Annual statistical returns and brief notes on vaccination in Bengal - 1909-1929
Year: 1909
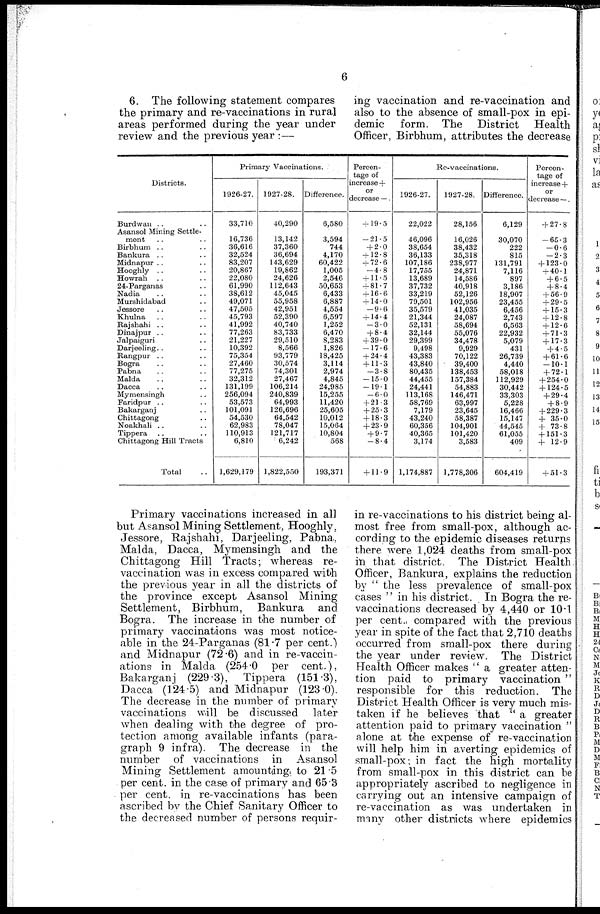
6
6. The following statement compares
the primary and re-vaccinations in rural
areas performed during the year under
review and the previous year :—
Districts.
Burdwan .. ..
Asansol Mining Settle-
ment .. ..
Birbhum .. ..
Bankura .. ..
Midnapur .. ..
Hooghly .. ..
Howrah .. ..
24-Parganas ..
Nadia .. ..
Murshidabad .. ..
Jessore .. ..
Khulna .. ..
Rajshahi .. ..
Dinajpur .. ..
Jalpaiguri .. ..
Darjeeling.. ..
Rangpur .. ..
Bogra .. ..
Pabna .. ..
Malda .. ..
Dacca .. ..
Mymensingh ..
Faridpur .. ..
Bakarganj .. ..
Chittagong .. ..
Noakhali .. ..
Tippera .. ..
Chittagong Hill Tracts
Total ..
Primary Vaccinations.
1926-27.
33,710
16,736
36,616
32,524
83,207
20,867
22,080
61,990
38,612
49,071
47,505
45,793
41,992
77,263
21,227
10,392
75,354
27,460
77,275
32,312
131,199
256,094
53,573
101,091
54,530
62,983
110,913
6,810
1,629,179
1927-28.
40,290
13,142
37,360
36,694
143,629
19,862
24,626
112,643
45,045
55,958
42,951
52,390
40,740
83,733
29,510
8,566
93,779
30,574
74,301
27,467
106,214
240,839
64,993
126,696
64,542
78,047
121,717
6,242
1,822,550
Difference.
6,580
3,594
744
4,170
60,422
1,005
2,546
50,653
6,433
6,887
4,554
6,597
1,252
6,470
8,283
1,826
18,425
3,114
2,974
4,845
24,985
15,255
11,420
25,605
10,012
15,064
10,804
568
193,371
Percen-
tage of
increase +
or
decrease —.
+ 19.5
-21.5
+ 2.0
+ 12.8
+ 72.6
-4.8
+ 11.5
+ 81.7
+ 16.6
+ 14.0
-9.6
+ 14.4
-3.0
+ 8.4
+ 39.0
-17.6
+ 24.4
+ 11.3
-3.8
-15.0
-19.1
-6.0
+ 21.3
+ 25.3
+ 18.3
+ 23.9
+ 9.7
-8.4
+ 11.9
Re-vaccinations.
1926-27.
22,022
46,096
38,654
36,133
107,186
17,755
13,689
37,732
33,219
79,501
35,579
21,344
52,131
32,144
29,399
9,498
43,383
43,840
80,435
44,455
24,441
113,168
58,769
7,179
43,240
60,356
40,365
3,174
1,174,887
1927-28.
28,156
16,026
38,432
35,318
238,977
24,871
14,586
40,918
52,126
102,956
41,035
24,087
58,694
55,076
34,478
9,929
70,122
39,400
138,453
157,384
54,883
146,471
63,997
23,645
58,387
104,901
101,420
3,583
1,778,306
Difference.
6,129
30,070
222
815
131,791
7,116
897
3,186
18,907
23,455
6,456
2,743
6,563
22,932
5,079
431
26,739
4,440
58,018
112,929
30,442
33,303
5,228
16,466
15,147
44,545
61,055
409
604,419
Percen-
tage of
increase +
or
decrease —.
+ 27.8
-65.3
-0.6
-2.3
+ 123.0
+ 40.1
+ 6.5
+ 8.4
+ 56.9
+ 29.5
+ 15.3
+ 12.8
+ 12.6
+ 71.3
+ 17.3
+ 4.5
+ 61.6
-10.1
+ 72.1
+ 254.0
+ 124.5
+ 29.4
+ 8.9
+ 229.3
+ 35.0
+ 73.8
+ 151.3
+ 12.9
+ 51.3
Primary vaccinations increased in all
but Asansol Mining Settlement, Hooghly,
Jessore, Rajshahi, Darjeeling, Pabna,
Malda, Dacca, Mymensingh and the
Chittagong Hill Tracts; whereas re-
vaccination was in excess compared with
the previous year in all the districts of
the province except Asansol Mining
Settlement, Birbhum, Bankura and
Bogra. The increase in the number of
primary vaccinations was most notice-
able in the 24-Parganas (81.7 per cent.)
and Midnapur (72.6) and in re-vaccin-
ations in Malda (254.0 per cent.),
Bakarganj (229.3), Tippera (151.3),
Dacca (124.5) and Midnapur (123. 0).
The decrease in the number of primary
vaccinations will be discussed later
when dealing with the degree of pro-
tection among available infants (para-
graph 9 infra). The decrease in the
number of vaccinations in Asansol
Mining Settlement amounting to 21.5
per cent. in the case of primary and 65.3
per cent. in re-vaccinations has been
ascribed by the Chief Sanitary Officer to
the decreased number of persons requir-
ing vaccination and re-vaccination and
also to the absence of small-pox in epi-
demic form. The District Health
Officer, Birbhum, attributes the decrease
in re-vaccinations to his district being al-
most free from small-pox, although ac-
cording to the epidemic diseases returns
there were 1,024 deaths from small-pox
in that district. The District Health
Officer, Bankura, explains the reduction
by " the less prevalence of small-pox
cases " in his district. In Bogra the re-
vaccinations decreased by 4,440 or 10.1
per cent., compared with the previous
year in spite of the fact that 2,710 deaths
occurred from small-pox there during
the year under review. The District
Health Officer makes " a greater atten-
tion paid to primary vaccination "
responsible for this reduction. The
District Health Officer is very much mis-
taken if he believes that " a greater
attention paid to primary vaccination "
alone at the expense of re-vaccination
will help him in averting epidemics of
small-pox; in fact the high mortality
from small-pox in this district can be
appropriately ascribed to negligence in
carrying out an intensive campaign of
re-vaccination as was undertaken in
many other districts where epidemics